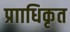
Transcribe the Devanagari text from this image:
प्रााधिकृत